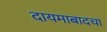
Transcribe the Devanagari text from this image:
दायमाबादचा